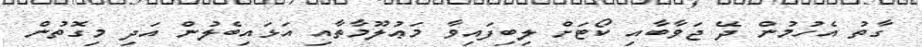
ގާތު އެހުމުން ދޭ ޖަވާބާއި ކޯޓަށް ލިބިފައިވާ މަޢުލޫމާތާއި އަޅައިބެލުން އަދި މިގޮތުން